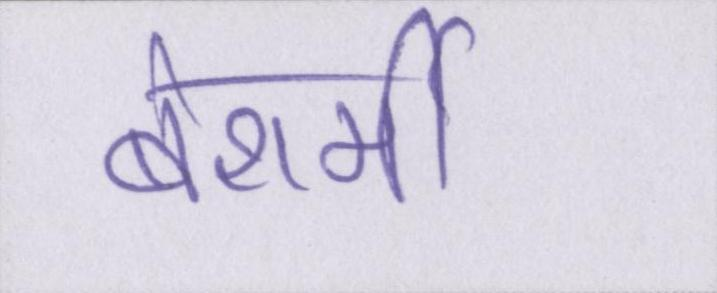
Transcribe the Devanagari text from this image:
बेशर्मी